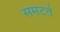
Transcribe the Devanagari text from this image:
समटते